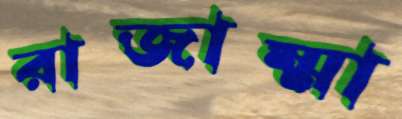
রাজাম্মা